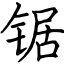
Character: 锯